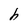
Character: h